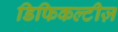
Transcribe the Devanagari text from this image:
डिफिकल्टीज़